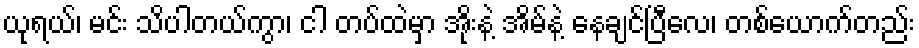
ယုရယ်၊ မင်း သိပါတယ်ကွာ၊ ငါ တပ်ထဲမှာ အိုးနဲ့ အိမ်နဲ့ နေချင်ပြီလေ၊ တစ်ယောက်တည်း